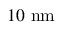
1 0 \ \mathrm { n m }